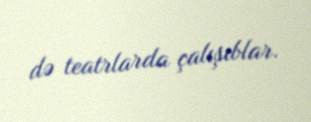
də teatrlarda çalışıblar.